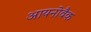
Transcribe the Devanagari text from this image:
आयनोवैक